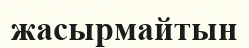
жасырмайтын